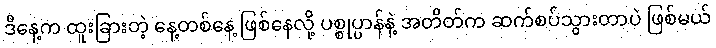
ဒီနေ့က ထူးခြားတဲ့ နေ့တစ်နေ့ ဖြစ်နေလို့ ပစ္စုပ္ပာန်နဲ့ အတိတ်က ဆက်စပ်သွားတာပဲ ဖြစ်မယ်